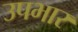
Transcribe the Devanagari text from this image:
उपभार